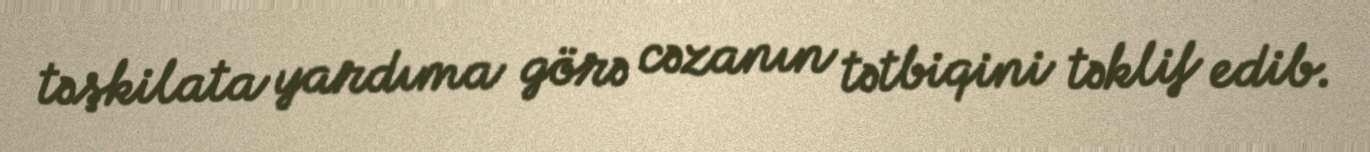
təşkilata yardıma görə cəzanın tətbiqini təklif edib.